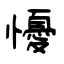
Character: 懮